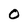
Character: 0